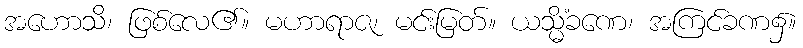
အဟောသိ၊ ဖြစ်လေ၏။ မဟာရာဇ၊ မင်းမြတ်။ ယသ္မိံခဏေ၊ အကြင်ခဏ၌။